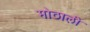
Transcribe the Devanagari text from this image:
माेठाली